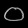
Digit: ၀